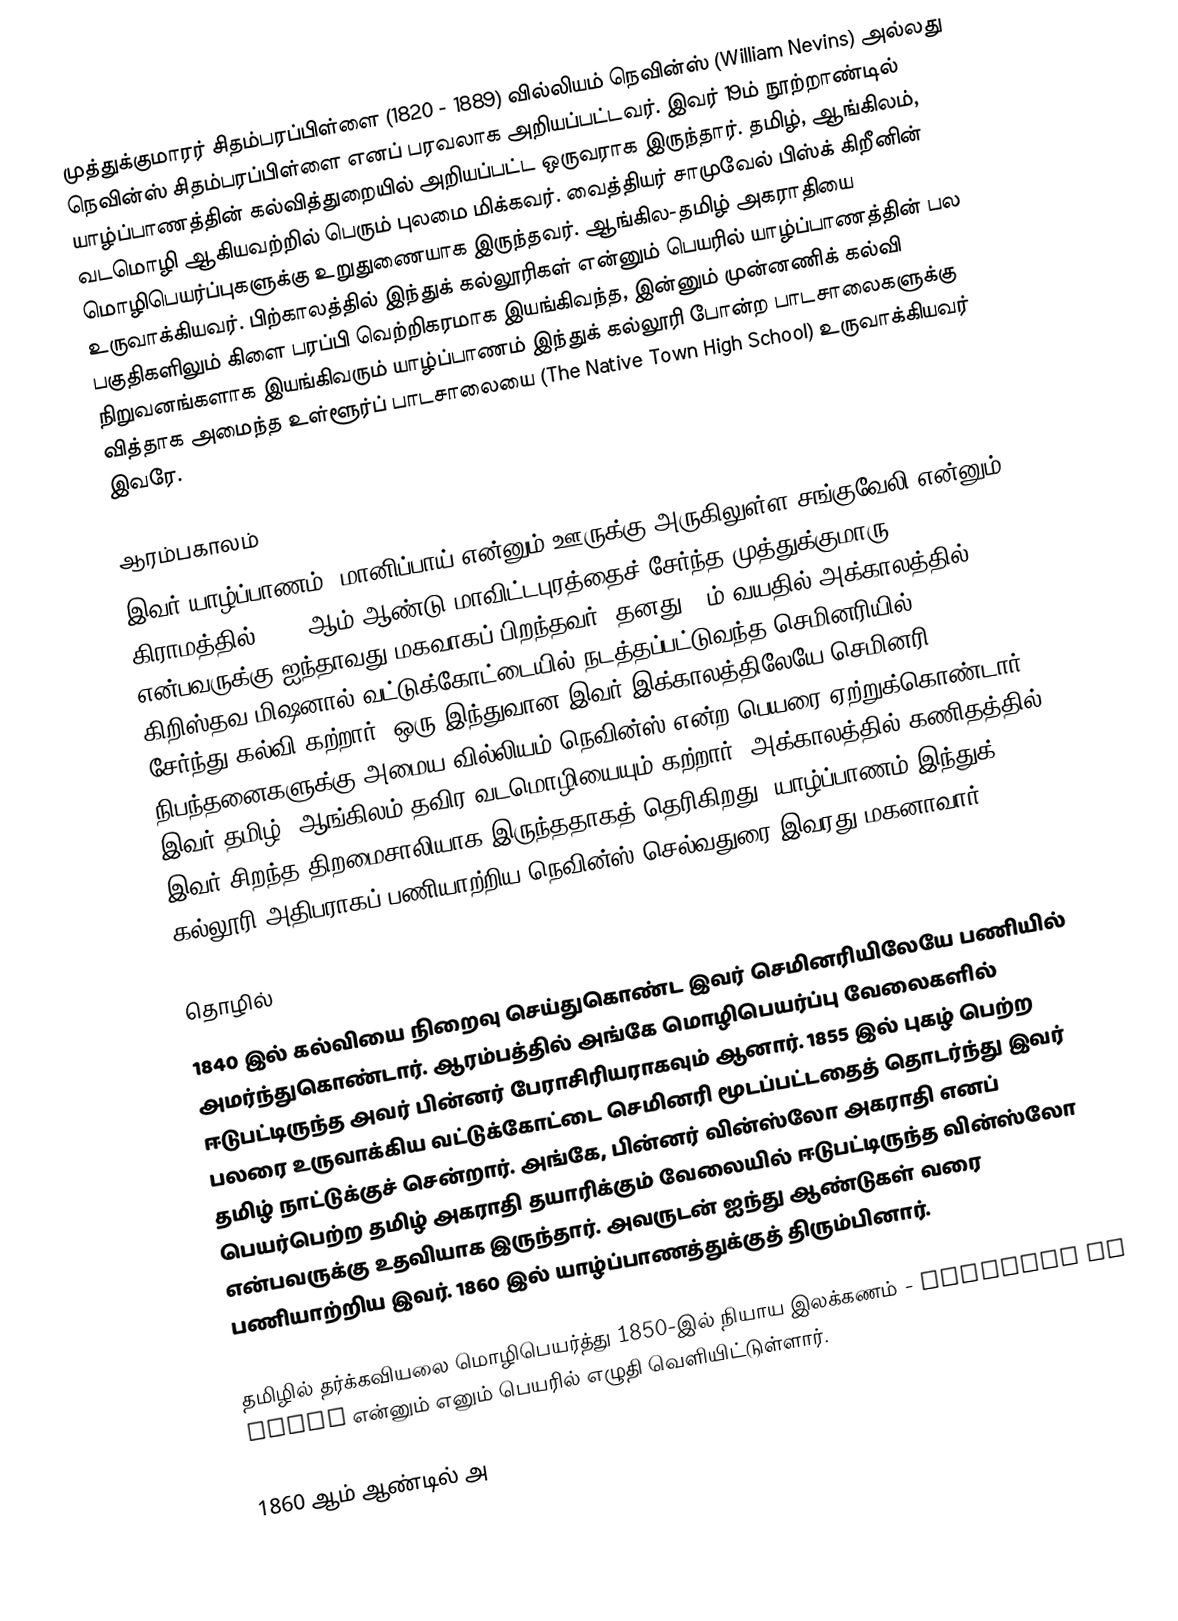
முத்துக்குமாரர் சிதம்பரப்பிள்ளை (1820 - 1889) வில்லியம் நெவின்ஸ் (William Nevins) அல்லது நெவின்ஸ் சிதம்பரப்பிள்ளை எனப் பரவலாக அறியப்பட்டவர். இவர் 19ம் நூற்றாண்டில் யாழ்ப்பாணத்தின் கல்வித்துறையில் அறியப்பட்ட ஒருவராக இருந்தார். தமிழ், ஆங்கிலம், வடமொழி ஆகியவற்றில் பெரும் புலமை மிக்கவர். வைத்தியர் சாமுவேல் பிஸ்க் கிறீனின் மொழிபெயர்ப்புகளுக்கு உறுதுணையாக இருந்தவர். ஆங்கில-தமிழ் அகராதியை உருவாக்கியவர். பிற்காலத்தில் இந்துக் கல்லூரிகள் என்னும் பெயரில் யாழ்ப்பாணத்தின் பல பகுதிகளிலும் கிளை பரப்பி வெற்றிகரமாக இயங்கிவந்த, இன்னும் முன்னணிக் கல்வி நிறுவனங்களாக இயங்கிவரும் யாழ்ப்பாணம் இந்துக் கல்லூரி போன்ற பாடசாலைகளுக்கு வித்தாக அமைந்த உள்ளூர்ப் பாடசாலையை (The Native Town High School) உருவாக்கியவர் இவரே.

ஆரம்பகாலம்
இவர் யாழ்ப்பாணம், மானிப்பாய் என்னும் ஊருக்கு அருகிலுள்ள சங்குவேலி என்னும் கிராமத்தில் 1820 ஆம் ஆண்டு மாவிட்டபுரத்தைச் சேர்ந்த முத்துக்குமாரு என்பவருக்கு ஐந்தாவது மகவாகப் பிறந்தவர். தனது 12ம் வயதில் அக்காலத்தில் கிறிஸ்தவ மிஷனால் வட்டுக்கோட்டையில் நடத்தப்பட்டுவந்த செமினரியில் (Seminary) சேர்ந்து கல்வி கற்றார். ஒரு இந்துவான இவர் இக்காலத்திலேயே செமினரி நிபந்தனைகளுக்கு அமைய வில்லியம் நெவின்ஸ் என்ற பெயரை ஏற்றுக்கொண்டார். இவர் தமிழ், ஆங்கிலம் தவிர வடமொழியையும் கற்றார். அக்காலத்தில் கணிதத்தில் இவர் சிறந்த திறமைசாலியாக இருந்ததாகத் தெரிகிறது. யாழ்ப்பாணம் இந்துக் கல்லூரி அதிபராகப் பணியாற்றிய நெவின்ஸ் செல்வதுரை இவரது மகனாவார்.

தொழில்
1840 இல் கல்வியை நிறைவு செய்துகொண்ட இவர் செமினரியிலேயே பணியில் அமர்ந்துகொண்டார். ஆரம்பத்தில் அங்கே மொழிபெயர்ப்பு வேலைகளில் ஈடுபட்டிருந்த அவர் பின்னர் பேராசிரியராகவும் ஆனார். 1855 இல் புகழ் பெற்ற பலரை உருவாக்கிய வட்டுக்கோட்டை செமினரி மூடப்பட்டதைத் தொடர்ந்து இவர் தமிழ் நாட்டுக்குச் சென்றார். அங்கே, பின்னர் வின்ஸ்லோ அகராதி எனப் பெயர்பெற்ற தமிழ் அகராதி தயாரிக்கும் வேலையில் ஈடுபட்டிருந்த வின்ஸ்லோ என்பவருக்கு உதவியாக இருந்தார். அவருடன் ஐந்து ஆண்டுகள் வரை பணியாற்றிய இவர். 1860 இல் யாழ்ப்பாணத்துக்குத் திரும்பினார்.

தமிழில் தர்க்கவியலை மொழிபெயர்த்து 1850-இல் நியாய இலக்கணம் - Elements of Logic என்னும் எனும் பெயரில் எழுதி வெளியிட்டுள்ளார்.

1860 ஆம் ஆண்டில் அ